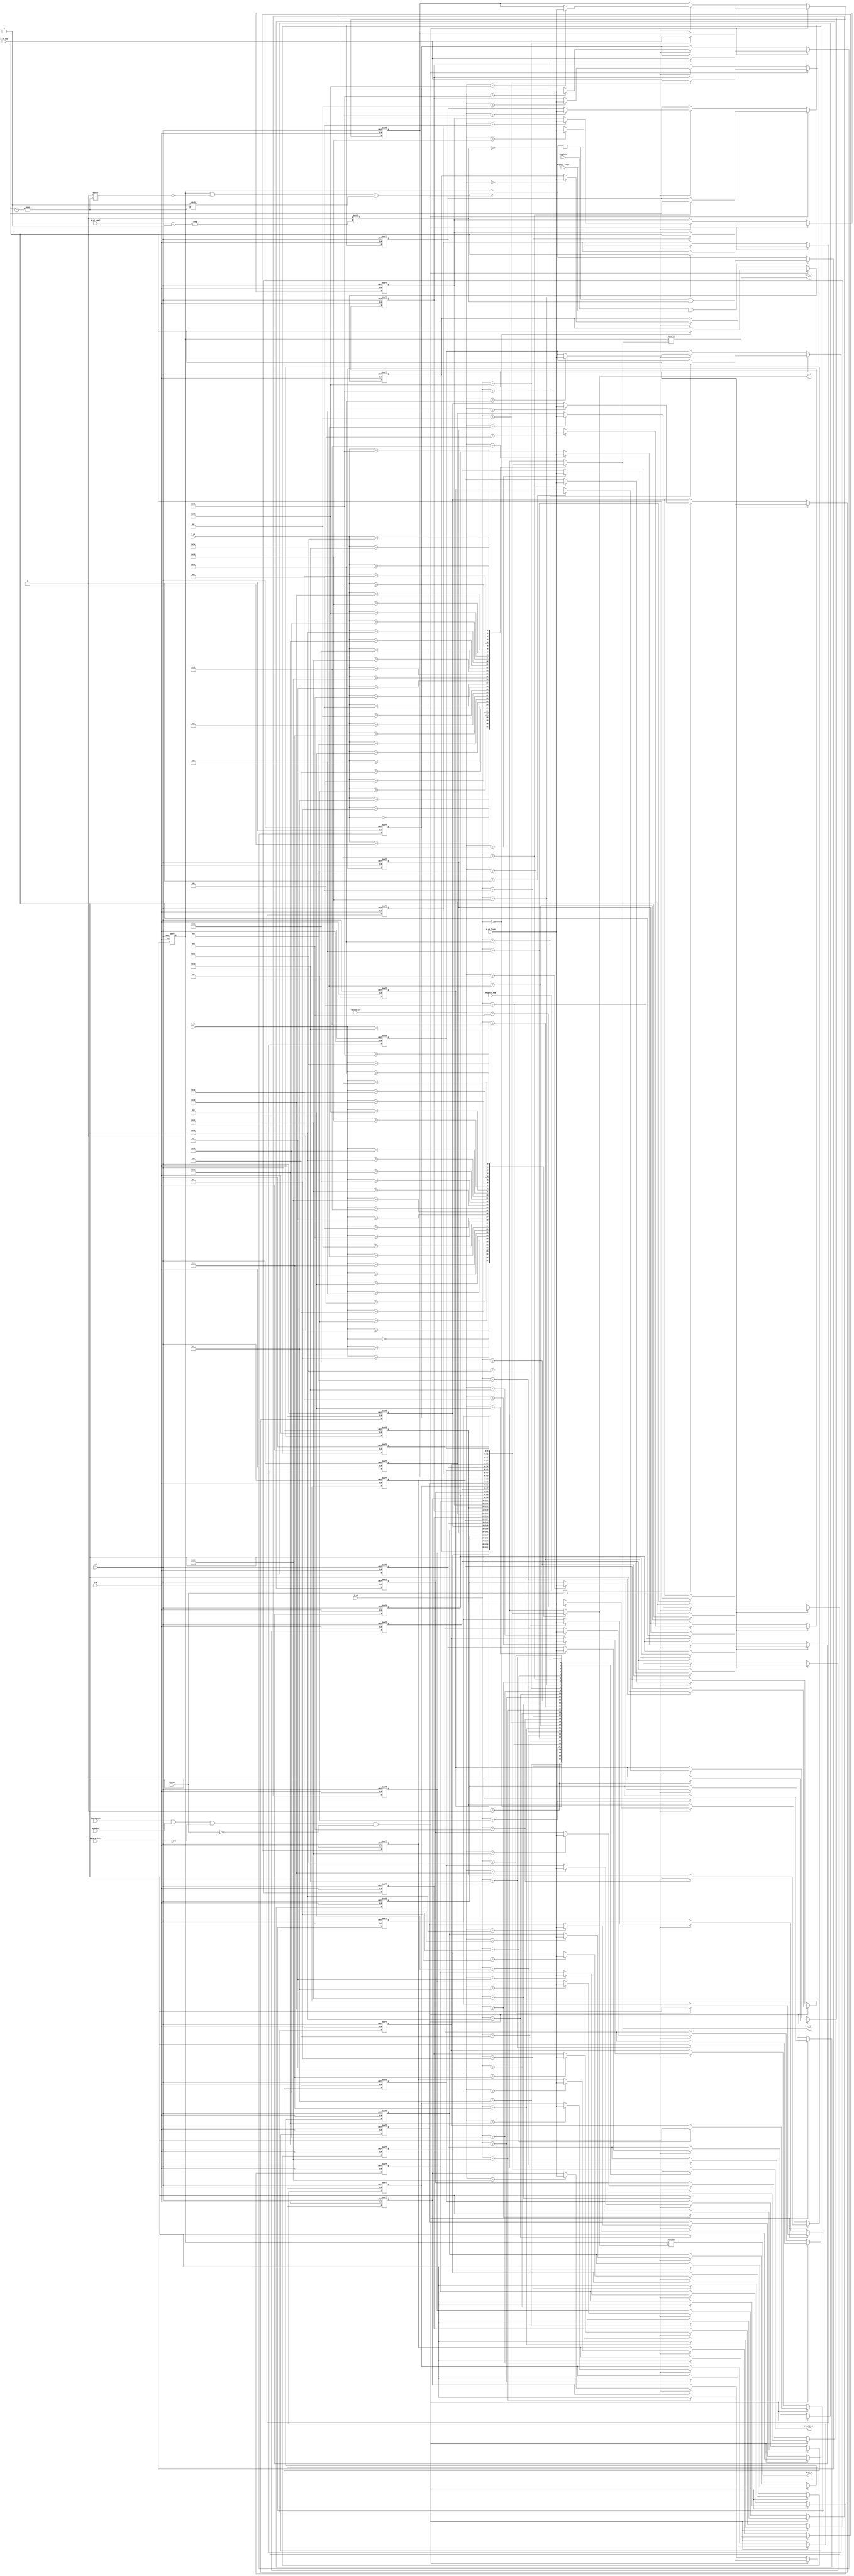
//dispatch: read p_rs, p_rt, write new p_rd and reset this valid bit, read p_old, use p_rs, p_rt, p_rd_old to index valid array getting valid bit
//complete: set valid bit of the completed physical register number
//recovery: inedxed by recover_rd, if RegDest_ROB = 1, write the p_rd_flush to that entry, and restore the valid bit
module map_table(
    output [5:0] p_rs, p_rt,
    output p_rs_v, p_rt_v,
    output [5:0] PR_old_rd,
    
    input clk, rst,
    
    input hazard_stall, //from hazard detection logic
    
    //from dispatch stage
    input isDispatch,
    input [4:0] l_rs, l_rt, l_rd,
    input RegDest,
    input [5:0] p_rd_new,

    //from recovery
    input [4:0] recover_rd,
    input [5:0] p_rd_flush,
    input recover,
    input RegDest_ROB,
    
    //from complete stage
    input [5:0] p_rd_compl,
    input complete,
    input RegDest_compl  
);

reg [5:0] mt [0:31];
reg [63:0] PR_valid;  //logically separate with map table

/////////////////////////////////writing/reading map table////////////////////////////
wire write_new_rd;
integer i;

assign write_new_rd = isDispatch && RegDest && !hazard_stall && !recover;

always @(posedge clk or negedge rst) begin
    if (!rst) begin                             //initial begin
        for (i = 0; i < 32; i = i + 1) begin
            mt[i] <= i;
        end
    end
    else if (write_new_rd)
        mt[l_rd] <= p_rd_new;
    else if (RegDest_ROB && recover) 
        mt[recover_rd] <= p_rd_flush;     
end

assign p_rs = mt[l_rs];
assign p_rt = mt[l_rt];
assign PR_old_rd = mt[l_rd];  
/////////////////////////////valid array/////////////////////////////////

always @(posedge clk or negedge rst) begin
    if (!rst) begin
        PR_valid <= 64'hFFFFFFFFFFFFFFFF;
    end
    else begin
        if (write_new_rd)
            PR_valid[p_rd_new] <= 1'b0;  
        if (complete && RegDest_compl)  //it should be ok during recovery because if complete is 1, the valid will be set to 1 several times, finally it will
            PR_valid[p_rd_compl] <= 1'b1; //be 1
   end
end

assign p_rs_v = PR_valid[p_rs];
assign p_rt_v = PR_valid[p_rt];     

endmodule